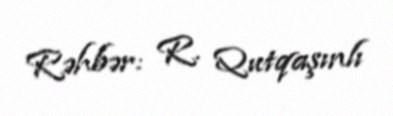
Rəhbər: R. Qutqaşınlı